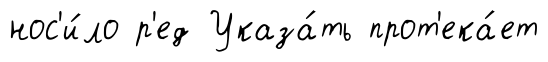
нос'и́ло р'ед Указа́ть прот'ека́ет